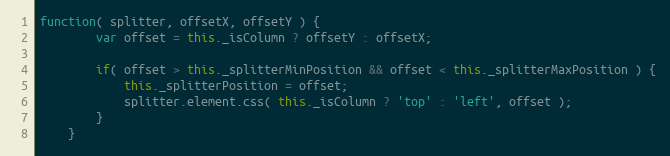
Language: JavaScript
function( splitter, offsetX, offsetY ) {
		var offset = this._isColumn ? offsetY : offsetX;

		if( offset > this._splitterMinPosition && offset < this._splitterMaxPosition ) {
			this._splitterPosition = offset;
			splitter.element.css( this._isColumn ? 'top' : 'left', offset );
		}
	}